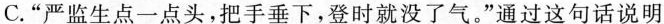
C.“严监生点一点头,把手垂下,登时就没了气。”通过这句话说明